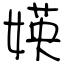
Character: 媖